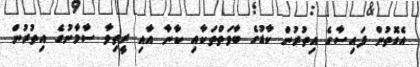
އެގޮތުން ފައިސާގެ އިތުރުން ކާޑުގެ ބާވަތްތަކާއި ކާނާ އާއި ރީތިވާ ސާމާނުގެ އިތުރުން